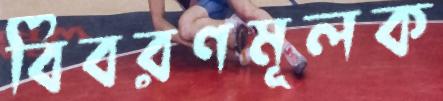
বিবরণমূলক